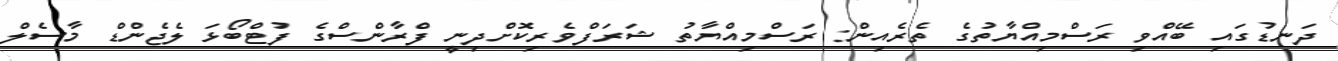
ދަނޑުގައި ބޭއްވި ރަސްމިއްޔާތުގެ ތެރެއިން: ރަސްމިއްޔާތު ޝަރަފްވެރިކޮށްދިނީ ފްރާންސްގެ ފުޓްބޯޅަ ލެޖެންޑް މާސެލް